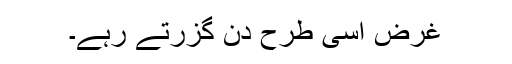
غرض اسی طرح دن گزرتے رہے۔